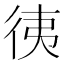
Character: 𢓡